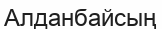
Алданбайсың